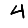
Digit: 4